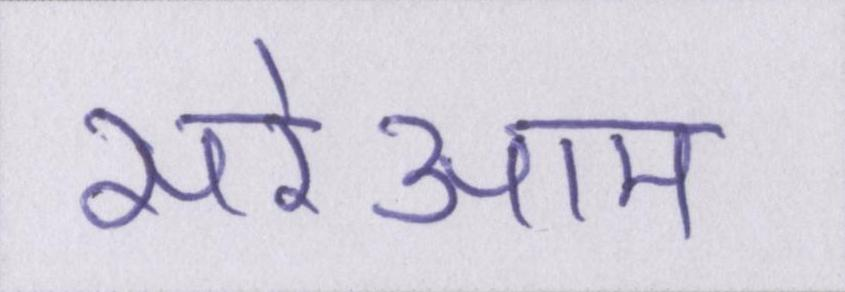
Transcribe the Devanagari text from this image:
सरेआम